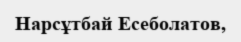
Нарсұтбай Есеболатов,